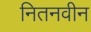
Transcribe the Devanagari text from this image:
नितनवीन